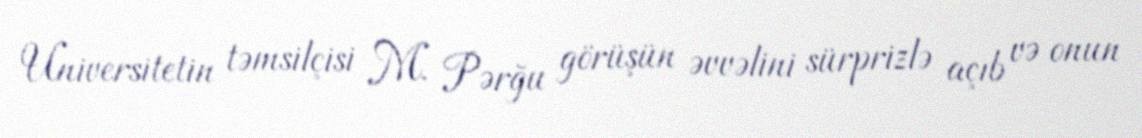
Universitetin təmsilçisi M. Pərğu görüşün əvvəlini sürprizlə açıb və onun